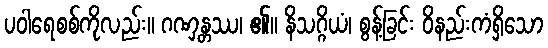
ပဝါရေစစ်ကိုလည်း။ ဂဏှန္တဿ၊ ၏။ နိသဂ္ဂိယံ၊ စွန့်ခြင်း ဝိနည်းကံရှိသော